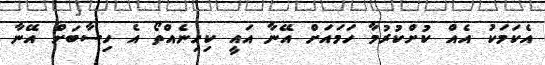
އެކަމަކު އެއް ކުށްކުރުމާ ހަމައަށް އޭނާ އައީ ކިހިނެއްތޯ އެ ހިސާބަށް އޭނާ